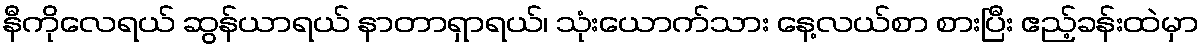
နီကိုလေရယ် ဆွန်ယာရယ် နာတာရှာရယ်၊ သုံးယောက်သား နေ့လယ်စာ စားပြီး ဧည့်ခန်းထဲမှာ